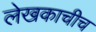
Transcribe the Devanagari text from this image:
लेखकाचीच